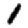
Digit: 1